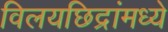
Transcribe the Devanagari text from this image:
विलयछिद्रांमध्ये